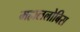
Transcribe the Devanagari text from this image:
महाललोबिस